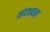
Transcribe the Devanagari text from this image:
नंदभवन